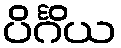
ပိင်္ဂိယ